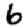
Digit: 6